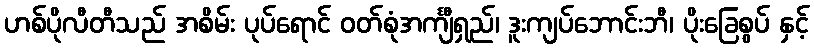
ဟစ်ပိုလီတီသည် အစိမ်း ပုပ်ရောင် ဝတ်စုံအင်္ကျီရှည်၊ ဒူးကျပ်ဘောင်းဘီ၊ ပိုးခြေစွပ် နှင့်